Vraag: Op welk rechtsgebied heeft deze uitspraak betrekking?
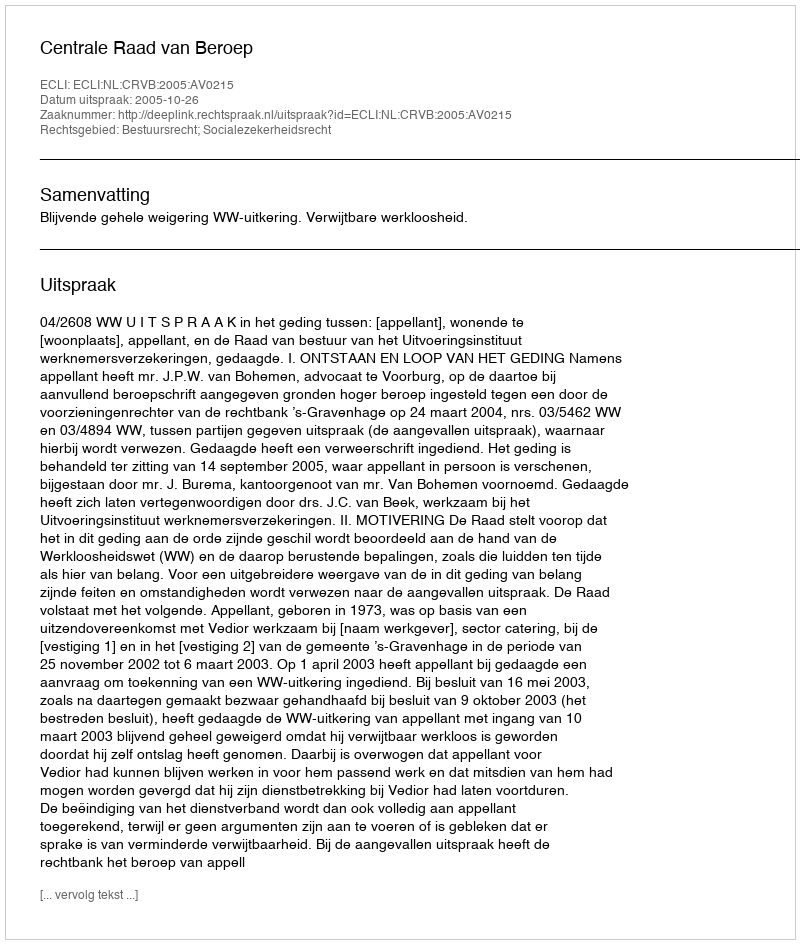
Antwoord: Bestuursrecht; Socialezekerheidsrecht